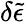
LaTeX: \delta\tilde{\epsilon}